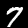
Label: 7